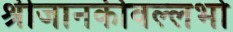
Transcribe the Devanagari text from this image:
श्रीजानकीवल्लभो